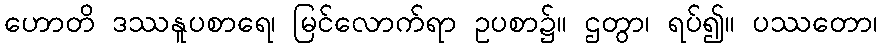
ဟောတိ ဒဿနူပစာရေ၊ မြင်လောက်ရာ ဥပစာ၌။ ဌတွာ၊ ရပ်၍။ ပဿတော၊